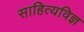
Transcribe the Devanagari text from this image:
साहित्यविज्ञ